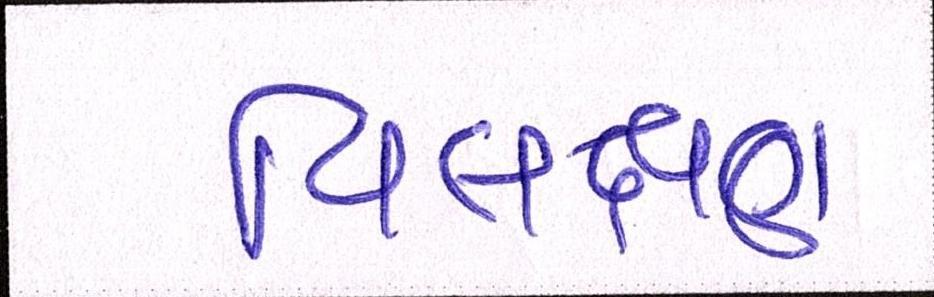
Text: વિલક્ષણ